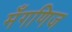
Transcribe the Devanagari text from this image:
मँगणिज